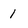
Character: 1